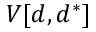
V [ d , d ^ { * } ]